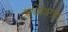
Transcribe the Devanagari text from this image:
अधिवेशनांना